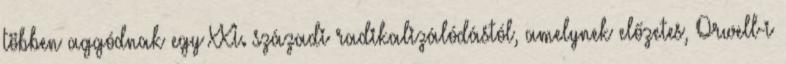
többen aggódnak egy XXI. századi radikalizálódástól, amelynek előzetes, Orwell-i